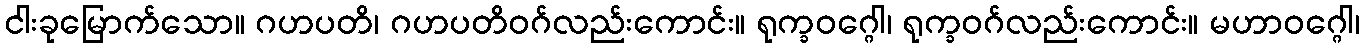
ငါးခုမြောက်သော။ ဂဟပတိ၊ ဂဟပတိဝဂ်လည်းကောင်း။ ရုက္ခဝဂ္ဂေါ၊ ရုက္ခဝဂ်လည်းကောင်း။ မဟာဝဂ္ဂေါ၊